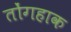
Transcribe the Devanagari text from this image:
तोंगहाक